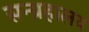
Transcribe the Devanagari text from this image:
सन्ग्रहालय